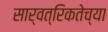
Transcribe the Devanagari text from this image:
सार्वत्रिकतेच्या